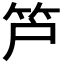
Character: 𥫿